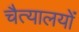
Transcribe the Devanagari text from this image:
चैत्यालयों